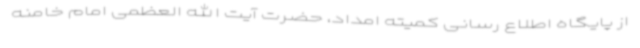
از پایگاه اطلاع رسانی کمیته امداد، حضرت آیت الله العظمی امام خامنه